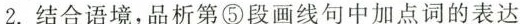
2.结合语境，品析第⑤段画线中加点词的表达